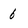
Character: 6